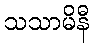
သသာမိနီ